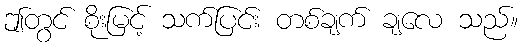
ဤတွင် စိုးမြင့် သက်ပြင်း တစ်ချက် ချလေ သည်။